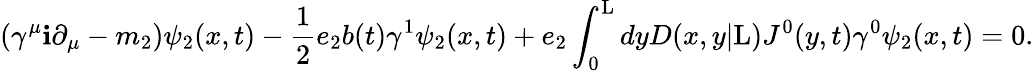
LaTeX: ({\gamma}^{\mu}\mathbf{i}{\partial}_{\mu}-m_{2}){\psi}_{2}(x,t)-\frac{{1}}{{2}}e_{2}b(t){\gamma}^{1}{\psi}_{2}(x,t)+e_{2}\int_{0}^{\mathrm{{L}}}dyD(x,y|\mathrm{{L}})J^{0}(y,t){\gamma}^{0}{\psi}_{2}(x,t)=0.